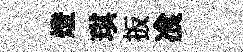
燈琪扳飡